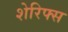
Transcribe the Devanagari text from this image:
शेरिफ्स